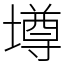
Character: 壿